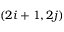
( 2 i + 1 , 2 j )